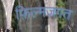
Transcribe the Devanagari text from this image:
फ़िल्मजगत